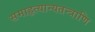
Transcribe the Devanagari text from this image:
समाहृत्यान्यतन्त्राणि